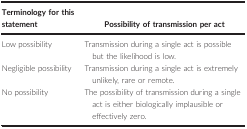
<table><thead><tr><td><b>Terminology for this statement</b></td><td><b>Possibility of transmission per act</b></td></tr></thead><tbody><tr><td>Low possibility</td><td>Transmission during a single act is possible but the likelihood is low.</td></tr><tr><td>Negligible possibility</td><td>Transmission during a single act is extremely unlikely, rare or remote.</td></tr><tr><td>No possibility</td><td>The possibility of transmission during a single act is either biologically implausible or effectively zero.</td></tr></tbody></table>